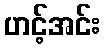
ဟင့်အင်း